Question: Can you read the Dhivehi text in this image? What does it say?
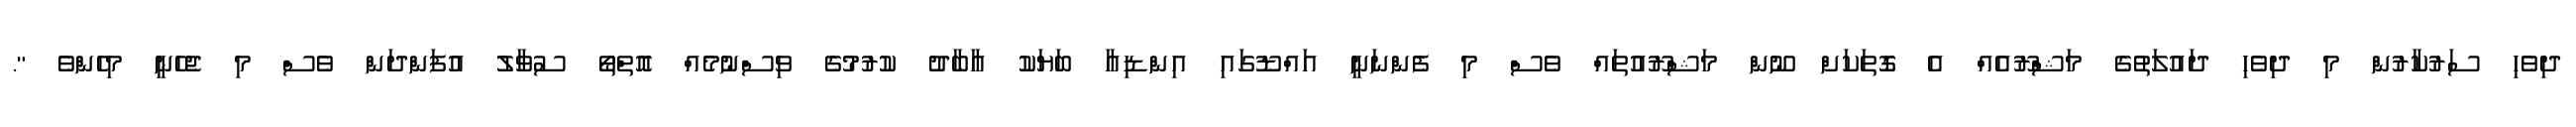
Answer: ދިވެހި ސަރުކާރުން މި ދިވެހި ދައުލަތުގެ މަޝްރޫއެއް އެ ގޮތަކަށް ނޫން މަޝްރޫއުތައް ވެސް މި ފެންނަނީ އައްޑޫގައި އިންޑިއާ ބަޔަކު އާބާދު ކުރުމުގެ ވިސްނުމެއް އޮތްތޯ ސުވާލު އުފަންދަން ވެސް މި ޖެހެނީ މިހެންވެ ".